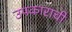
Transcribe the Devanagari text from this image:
उपकाराची